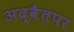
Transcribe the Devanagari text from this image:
अद्वैतपर